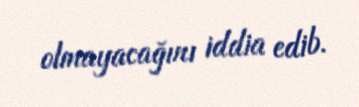
olmayacağını iddia edib.